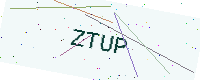
Text: ZTUP